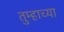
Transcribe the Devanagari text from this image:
तुम्हाच्या